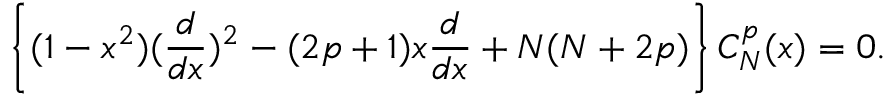
\left\{ ( 1 - x ^ { 2 } ) ( { \frac { d } { d x } } ) ^ { 2 } - ( 2 p + 1 ) x { \frac { d } { d x } } + N ( N + 2 p ) \right\} C _ { N } ^ { p } ( x ) = 0 .